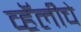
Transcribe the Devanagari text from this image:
व्हॅलीचे